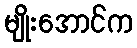
မျိုးအောင်က